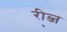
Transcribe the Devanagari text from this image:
रीव्ज